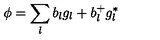
\phi = \sum _ { l } b _ { l } g _ { l } + b _ { l } ^ { + } g _ { l } ^ { * }